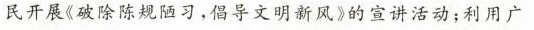
民开展《破除陈规陋习，倡导文明新风》的宣讲活动；利用广